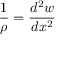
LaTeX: { \frac { 1 } { \rho } } = { \frac { d ^ { 2 } w } { d x ^ { 2 } } }